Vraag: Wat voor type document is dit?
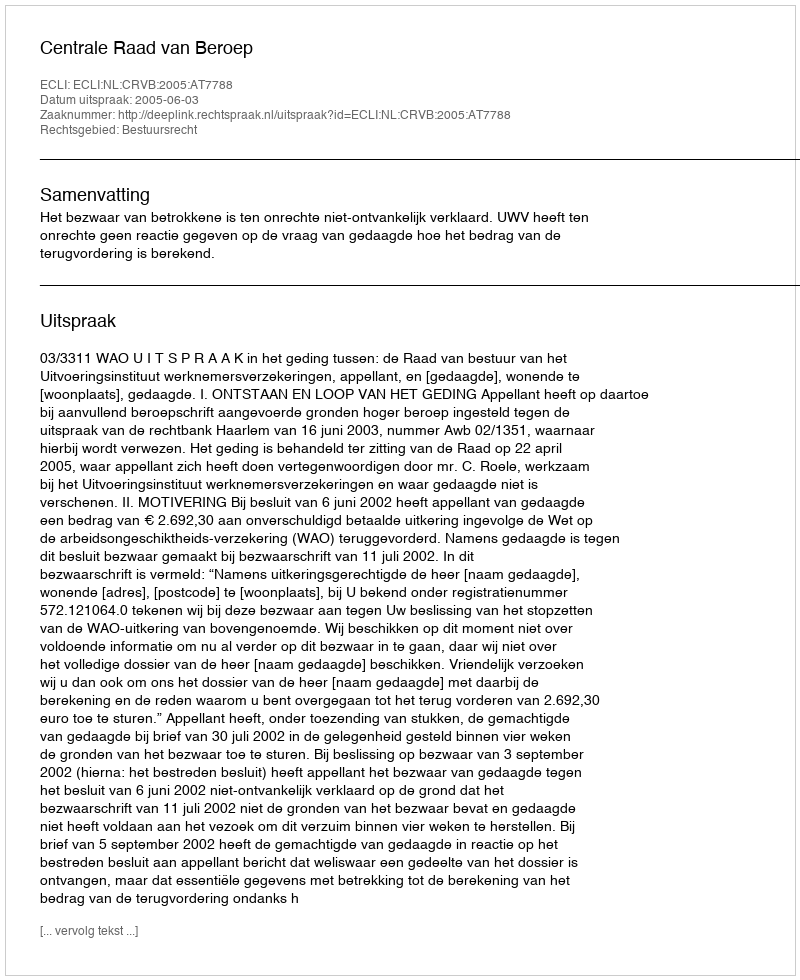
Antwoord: Uitspraak